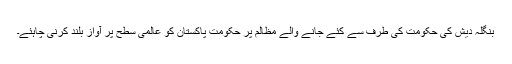
بنگلہ دیش کی حکومت کی طرف سے کئے جانے والے مظالم پر حکومت پاکستان کو عالمی سطح پر آواز بلند کرنی چاہئے۔